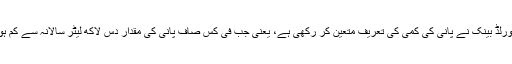
بیجنگ ورلڈ بینک نے پانی کی کمی کی تعریف متعین کر رکھی ہے، یعنی جب فی کس صاف پانی کی مقدار دس لاکھ لیٹر سالانہ سے کم ہو جائے۔